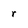
Character: r